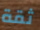
ثقة